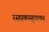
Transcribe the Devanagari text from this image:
रसप्रकासुधाकर